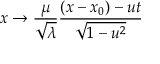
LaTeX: x \rightarrow \frac { \mu } { \sqrt { \lambda } } \frac { ( x - x _ { 0 } ) - u t } { \sqrt { 1 - u ^ { 2 } } }